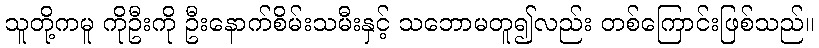
သူတို့ကမူ ကိုဦးကို ဦးနောက်စိမ်းသမီးနှင့် သဘောမတူ၍လည်း တစ်ကြောင်းဖြစ်သည်။